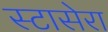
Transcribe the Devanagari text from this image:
स्टासेरा